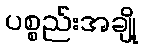
ပစ္စည်းအချို့